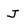
Character: j